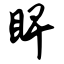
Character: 睥